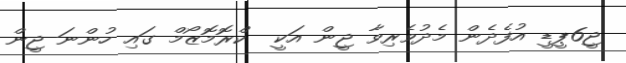
ޖީ6ޕީޑީ އުފެދެން މެދުވެރިވާ ޖީން އަކީ  ކްރޮމޮޒޯމް ގައި ހުންނަ ޖީން